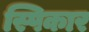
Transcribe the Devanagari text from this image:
स्पिकार